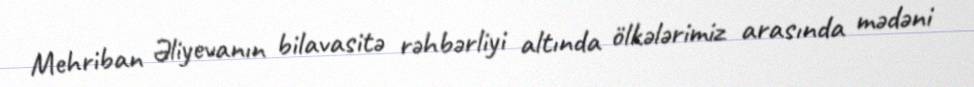
Mehriban Əliyevanın bilavasitə rəhbərliyi altında ölkələrimiz arasında mədəni